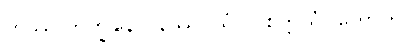
တဿ ဘိက္ခုနော၊ နိဿဂ္ဂိယံ။ ပါစိတ္တိယံ။ ဟောတိ။